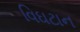
વિઘટાન